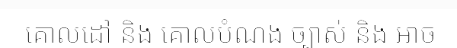
គោលដៅ និង គោលបំណង ច្បាស់ និង អាច